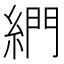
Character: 𦁺